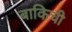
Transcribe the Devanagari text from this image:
बाकिची